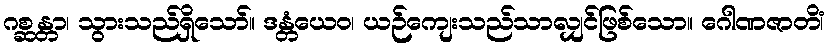
ဂစ္ဆန္တာ၊ သွားသည်ရှိသော်။ ဒန္တံယေဝ၊ ယဉ်ကျေးသည်သာလျှင်ဖြစ်သော။ ဂေါဏဇာတိံ၊